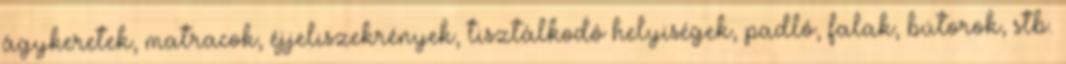
ágykeretek, matracok, éjjeliszekrények, tisztálkodó helyiségek, padló, falak, bútorok, stb.